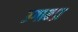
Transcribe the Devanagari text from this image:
उगान्डा